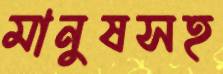
মানুষসহ